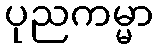
ပုညကမ္မာ